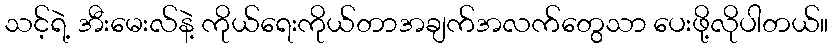
သင့်ရဲ့ အီးမေးလ်နဲ့ ကိုယ်ရေးကိုယ်တာအချက်အလက်တွေသာ ပေးဖို့လိုပါတယ်။